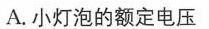
A.小灯泡的额定电压